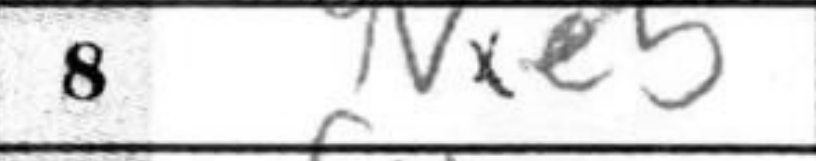
Transcription: Nxe5